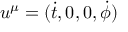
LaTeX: u ^ { \mu } = ( { \dot { t } } , 0 , 0 , { \dot { \phi } } )